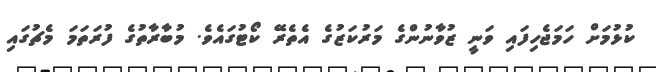
ކުޅުމަށް ހަމަޖެހިފައި ވަނީ ޒުވާނުންގެ މަރުކަޒުގެ އެތެރޭ ކޯޓުގައެވެ. މުބާރާތުގެ ފުރަތަމަ މެޗުގައި